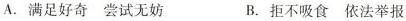
A.满足好奇尝试无妨 B.拒不吸食依法举报